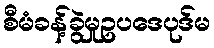
စီမံခန့်ခွဲမှုဥပဒေပုဒ်မ